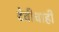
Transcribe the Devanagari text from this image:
देवीचाही